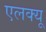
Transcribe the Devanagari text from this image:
एलक्यू